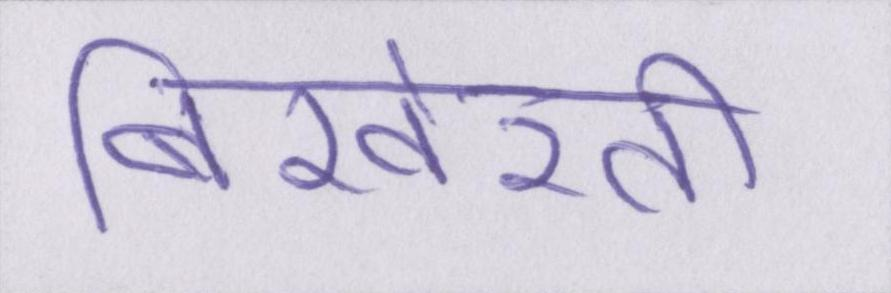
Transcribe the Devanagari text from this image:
बिखेरती